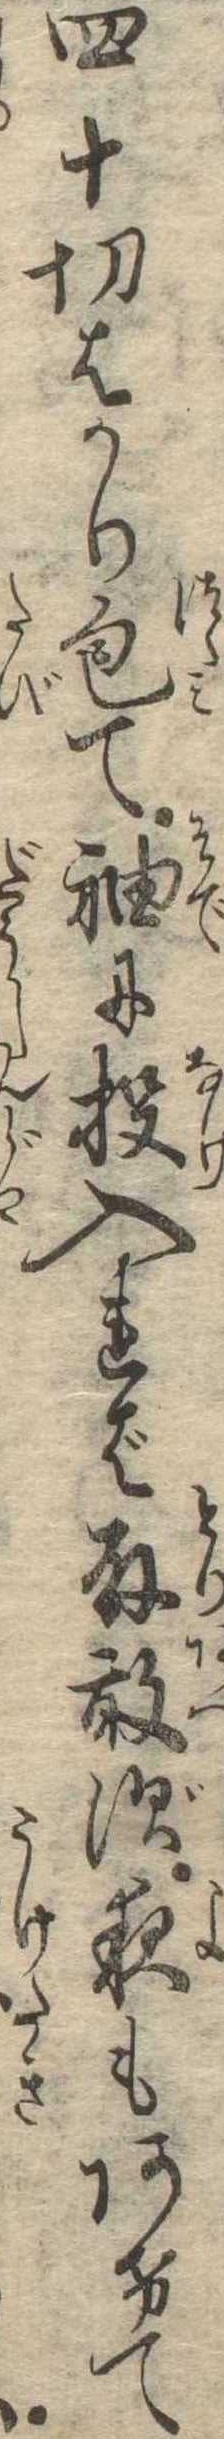
四十切はかり包て袖に投入れば取敢ず夜もあけて